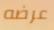
عرضه